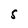
Character: 5